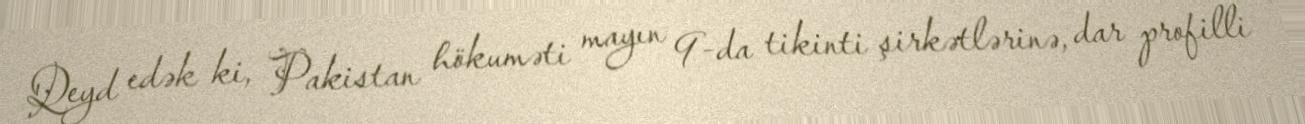
Qeyd edək ki, Pakistan hökuməti mayın 9-da tikinti şirkətlərinə, dar profilli